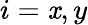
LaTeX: i=\mathit{x},y